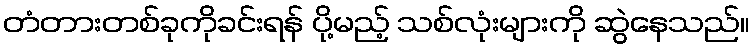
တံတားတစ်ခုကိုခင်းရန် ပို့မည့် သစ်လုံးများကို ဆွဲနေသည်။